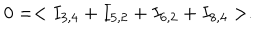
LaTeX: 0 = < I _ { 3 , 4 } + I _ { 5 , 2 } + I _ { 6 , 2 } + I _ { 8 , 4 } > .